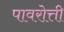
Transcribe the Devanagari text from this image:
पावरोत्ती